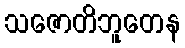
သဇောတိဘူတေန